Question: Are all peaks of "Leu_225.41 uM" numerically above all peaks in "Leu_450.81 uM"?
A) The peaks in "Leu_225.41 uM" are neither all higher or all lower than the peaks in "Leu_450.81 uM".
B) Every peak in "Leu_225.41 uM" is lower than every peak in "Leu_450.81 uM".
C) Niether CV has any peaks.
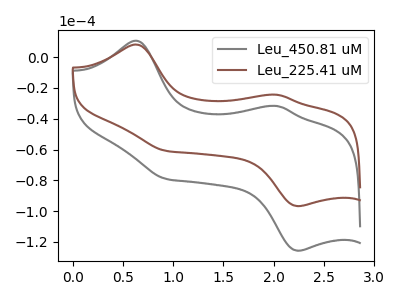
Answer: <think>The gray curve "Leu_450.81 uM" has anodic peaks at (0.65V, 10.70uA) (2.05V, -31.70uA) and cathodic peaks at (0.95V, -79.10uA) (2.25V, -125.85uA). The brown curve "Leu_225.41 uM" has anodic peaks at (0.65V, 8.25uA) (2.05V, -24.40uA) and cathodic peaks at (0.95V, -60.85uA) (2.25V, -96.85uA).</think>
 <answer>A) The peaks in "Leu_225.41 uM" are neither all higher or all lower than the peaks in "Leu_450.81 uM".</answer>
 <eval>A</eval>